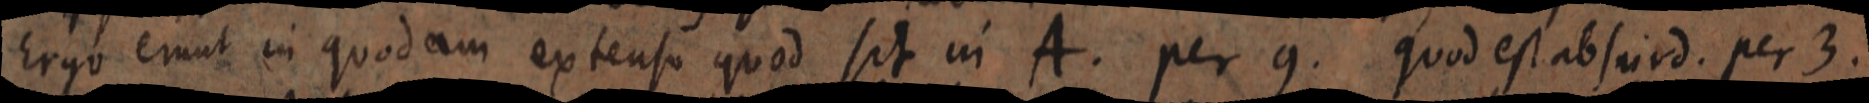
Ergo erunt in quodam extenso quod sit in A. per 9. quod est absurd. per 3.